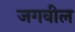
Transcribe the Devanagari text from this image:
जगवील